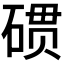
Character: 𮀪